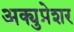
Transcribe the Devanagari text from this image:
अक्युप्रेशर